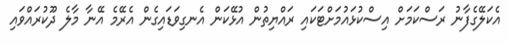
އެކަލޭގެފާނު ރަސްކަމަށް އިސްކުޅައުމަށްޓަކައި ރައްޔިތުން އުޅޭކަން އެނގިވަޑައިގެން އެރޭމެ އޭނާ މާލެ ދޫކުރައްވައި